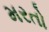
મરતો